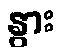
နွား